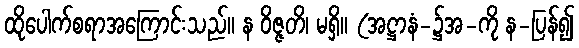
ထိုပေါက်စရာအကြောင်းသည်။ န ဝိဇ္ဇတိ၊ မရှိ။ (အဋ္ဌာနံ-၌အ-ကို န-ပြန်၍